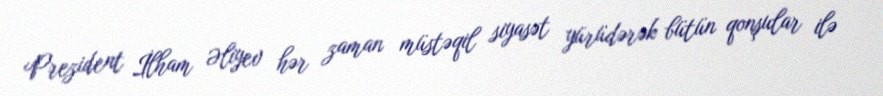
Prezident İlham Əliyev hər zaman müstəqil siyasət yürüdərək bütün qonşular ilə